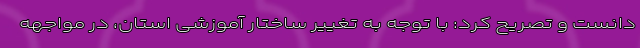
دانست و تصریح کرد: با توجه به تغییر ساختار آموزشی استان، در مواجهه